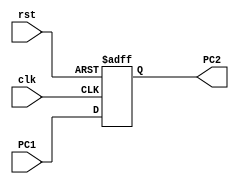
module Program_Counter(PC1,PC2,clk,rst);
input [31:0] PC1;
input clk,rst;
output reg [31:0] PC2;
always @(posedge clk or negedge rst) begin
if (!rst) PC2<=32'b0;
else PC2<=PC1; 
end  
endmodule